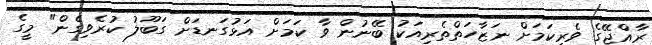
ރާއްޖޭގެ ވެރިކަމަށް ނަޒާހަތްތެރިއަކު ބޭނުން ވާ ކަމަށް އަޅުގަނޑަށް ގަބޫލު ކުރެވިގެން" މީގެ